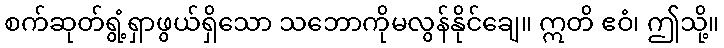
စက်ဆုတ်ရွံ့ရှာဖွယ်ရှိသော သဘောကိုမလွန်နိုင်ချေ။ ဣတိ ဧဝံ၊ ဤသို့။